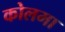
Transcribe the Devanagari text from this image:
कोलमा